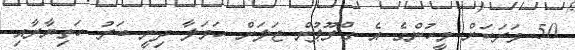
50 ވަރަކަށް މީހުންގެ އެ ގްރޫޕުން ޖަލަށް ހަމަލާ ދިނީ ބަރު ހަތިޔާރާއި